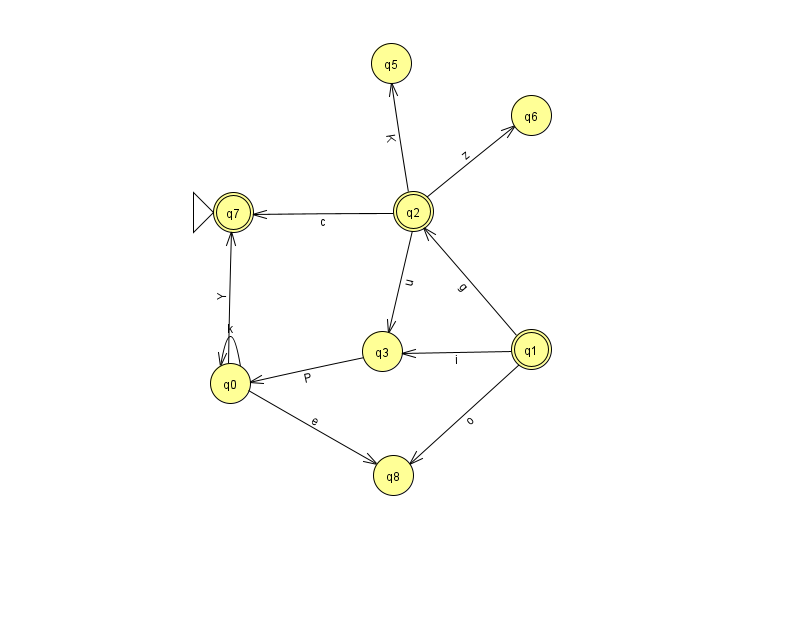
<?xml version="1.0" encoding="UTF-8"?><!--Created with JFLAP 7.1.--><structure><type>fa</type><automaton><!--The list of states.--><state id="0" name="q0"><x>230.0</x><y>370.0</y></state><state id="1" name="q1"><x>531.0</x><y>336.0</y><final/></state><state id="2" name="q2"><x>413.0</x><y>198.0</y><final/></state><state id="3" name="q3"><x>382.0</x><y>338.0</y></state><state id="5" name="q5"><x>391.0</x><y>50.0</y></state><state id="6" name="q6"><x>531.0</x><y>102.0</y></state><state id="7" name="q7"><x>233.0</x><y>199.0</y><initial/><final/></state><state id="8" name="q8"><x>393.0</x><y>462.0</y></state><!--The list of transitions.--><transition><from>2</from><to>5</to><read>K</read></transition><transition><from>1</from><to>2</to><read>g</read></transition><transition><from>3</from><to>0</to><read>P</read></transition><transition><from>1</from><to>3</to><read>i</read></transition><transition><from>1</from><to>8</to><read>o</read></transition><transition><from>0</from><to>8</to><read>e</read></transition><transition><from>2</from><to>7</to><read>c</read></transition><transition><from>0</from><to>0</to><read>k</read></transition><transition><from>0</from><to>7</to><read>Y</read></transition><transition><from>2</from><to>3</to><read>u</read></transition><transition><from>2</from><to>6</to><read>z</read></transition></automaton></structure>